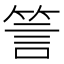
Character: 䇾